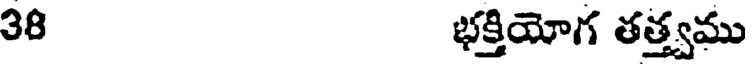
38 భక్తియోగ తత్త్వము